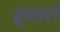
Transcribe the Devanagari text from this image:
ब्रूक्सले